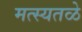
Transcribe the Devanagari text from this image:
मत्स्यतळे